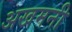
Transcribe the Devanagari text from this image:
अखमनी